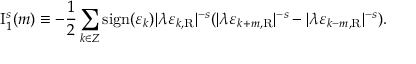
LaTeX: \mathrm { I } _ { 1 } ^ { s } ( m ) \equiv - \frac { 1 } { 2 } \sum _ { k \in \cal Z } \mathrm { s i g n } ( \varepsilon _ { k } ) | \lambda \varepsilon _ { k , \mathrm { R } } | ^ { - s } ( | \lambda \varepsilon _ { k + m , \mathrm { R } } | ^ { - s } - | \lambda \varepsilon _ { k - m , \mathrm { R } } | ^ { - s } ) .